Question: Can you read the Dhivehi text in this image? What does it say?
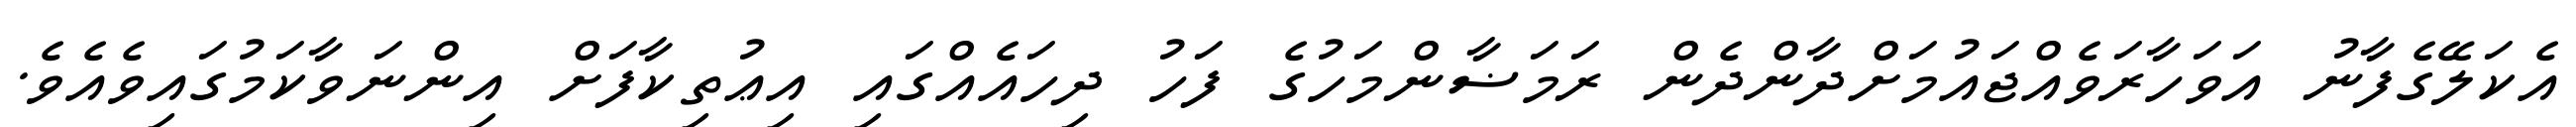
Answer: އެކަލޭގެފާނު އަވަހާރަވެއްޖައުމަށްދާންދެން ރަމަޟާންމަހުގެ ފަހު ދިހައެއްގައި އިޢުތިކާފަށް އިންނަވާކަމުގައިވެއެވެ.